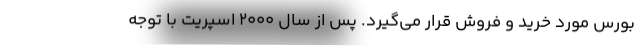
بورس مورد خرید و فروش قرار می‌گیرد. پس از سال 2000 اسپریت با توجه